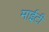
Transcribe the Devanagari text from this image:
माईटी